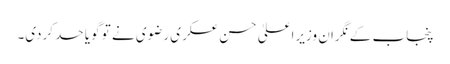
پنجاب کے نگران وزیراعلیٰ حسن عسکری رضوی نے تو گویا حد کردی۔